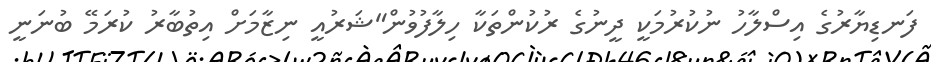
ފަނޑިޔާރުގެ އިސްލާހު ނުކުރުމަކީ ދީނުގެ ރުކުންތަކާ ހިލާފުވުން"ޝަރުއީ ނިޒާމަށް އިތުބާރު ކުރަމޭ ބުނަނީ